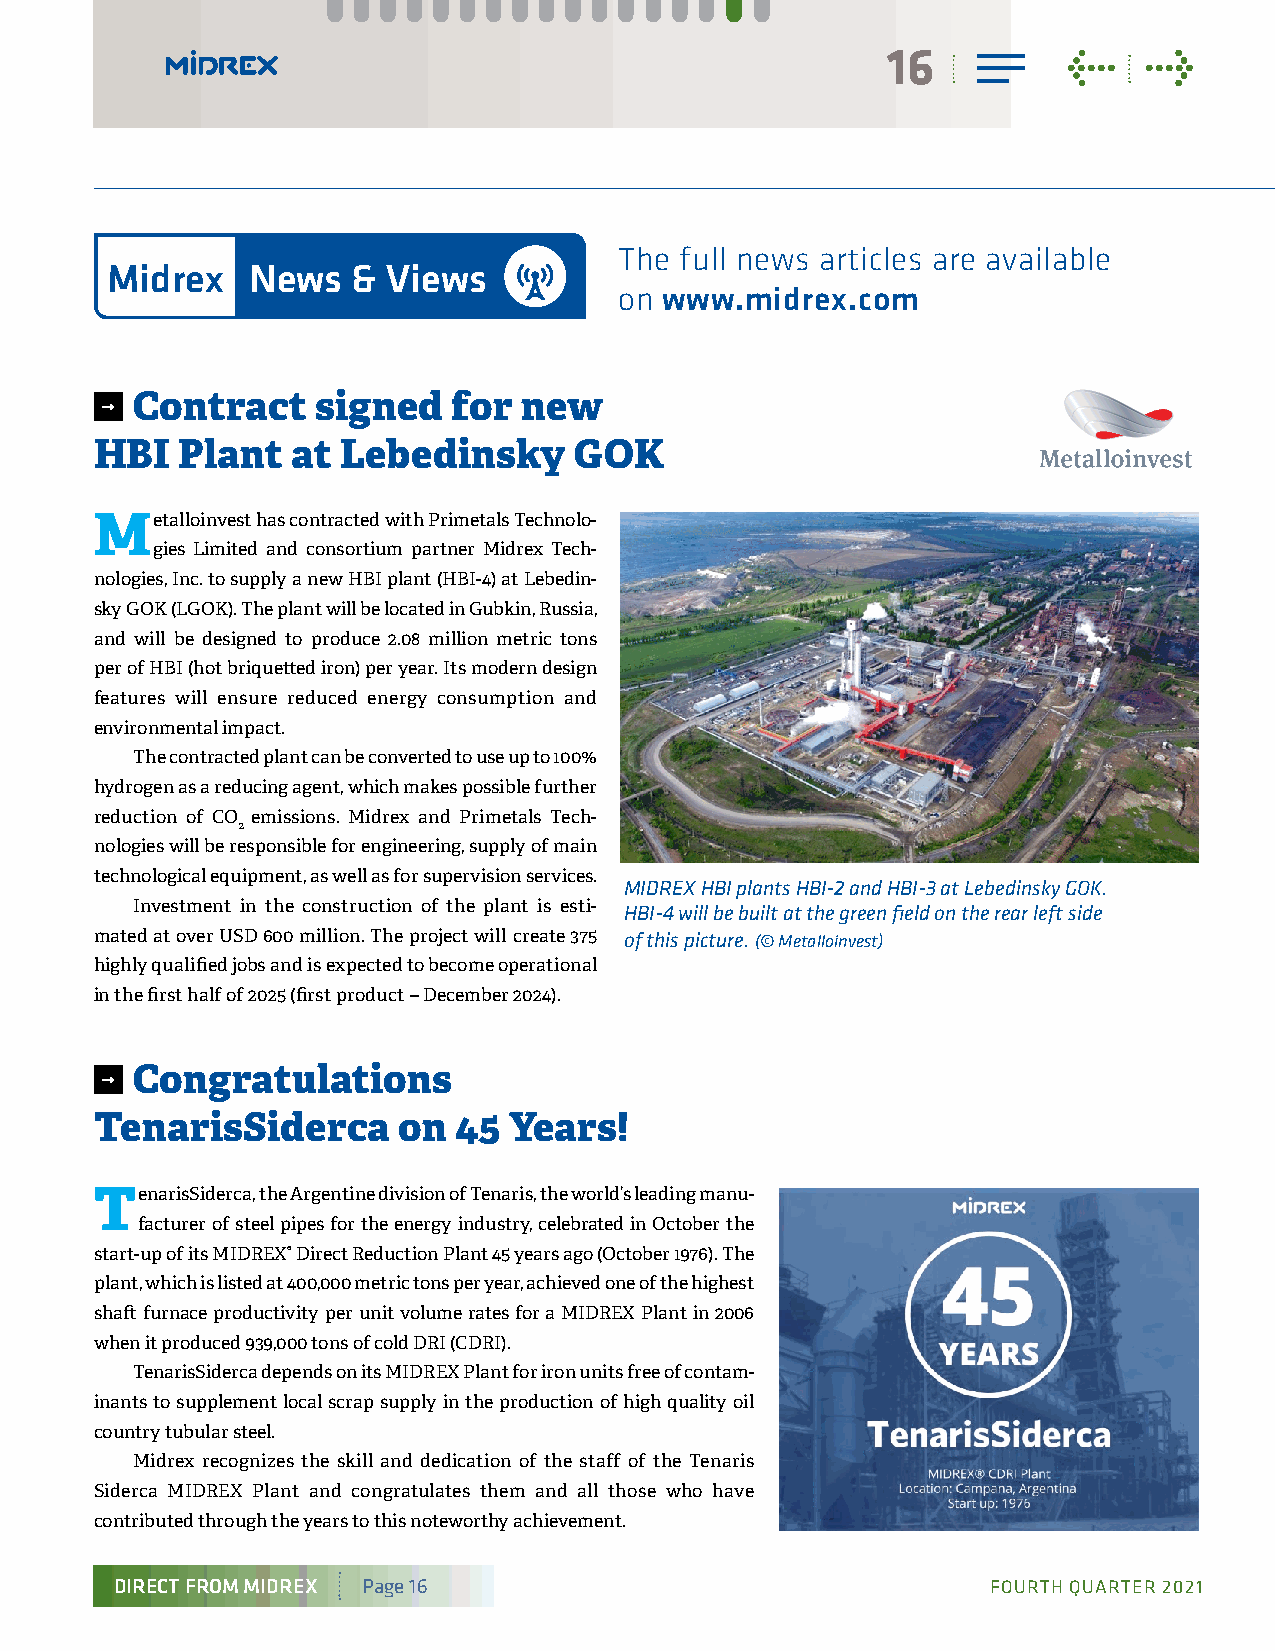
16          <    >
 The full news articles are available
 Midrex    News  &  Views
 on www.midrex.com
 Contract    signed   for  new
 HBI   Plant  at  Lebedinsky     GOK
 Metalloinvest has contracted with Primetals Technolo-
 gies Limited and consortium partner Midrex Tech-
 nologies, Inc. to supply a new HBI plant (HBI-4) at Lebedin-
 sky GOK (LGOK). The plant will be located in Gubkin, Russia,
 and will be designed to produce 2.08 million metric tons
 per of HBI (hot briquetted iron) per year. Its modern design
 features will ensure reduced energy consumption and
 environmental impact.
 The contracted plant can be converted to use up to 100%
 hydrogen as a reducing agent, which makes possible further
 reduction of CO emissions. Midrex and Primetals Tech-
 2
 nologies will be responsible for engineering, supply of main
 technological equipment, as well as for supervision services.
 MIDREX HBI plants HBI-2 and HBI-3 at Lebedinsky GOK.
 Investment in the construction of the plant is esti- HBI-4 will be built at the green field on the rear left side
 mated at over USD 600 million. The project will create 375 of this picture. (© Metalloinvest)
 highly qualified jobs and is expected to become operational
 in the first half of 2025 (first product – December 2024).
 Congratulations
 TenarisSiderca      on  45  Years!
 TenarisSiderca, the Argentine division of Tenaris, the world’s leading manu-
 facturer of steel pipes for the energy industry, celebrated in October the
 start-up of its MIDREX® Direct Reduction Plant 45 years ago (October 1976). The
 plant, which is listed at 400,000 metric tons per year, achieved one of the highest
 shaft furnace productivity per unit volume rates for a MIDREX Plant in 2006
 when it produced 939,000 tons of cold DRI (CDRI).
 TenarisSiderca depends on its MIDREX Plant for iron units free of contam-
 inants to supplement local scrap supply in the production of high quality oil
 country tubular steel.
 Midrex recognizes the skill and dedication of the staff of the Tenaris
 Siderca MIDREX Plant and congratulates them and all those who have
 contributed through the years to this noteworthy achievement.
 DIRECT FROM MIDREX Page 16                                FOURTH QUARTER 2021